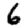
Digit: 6